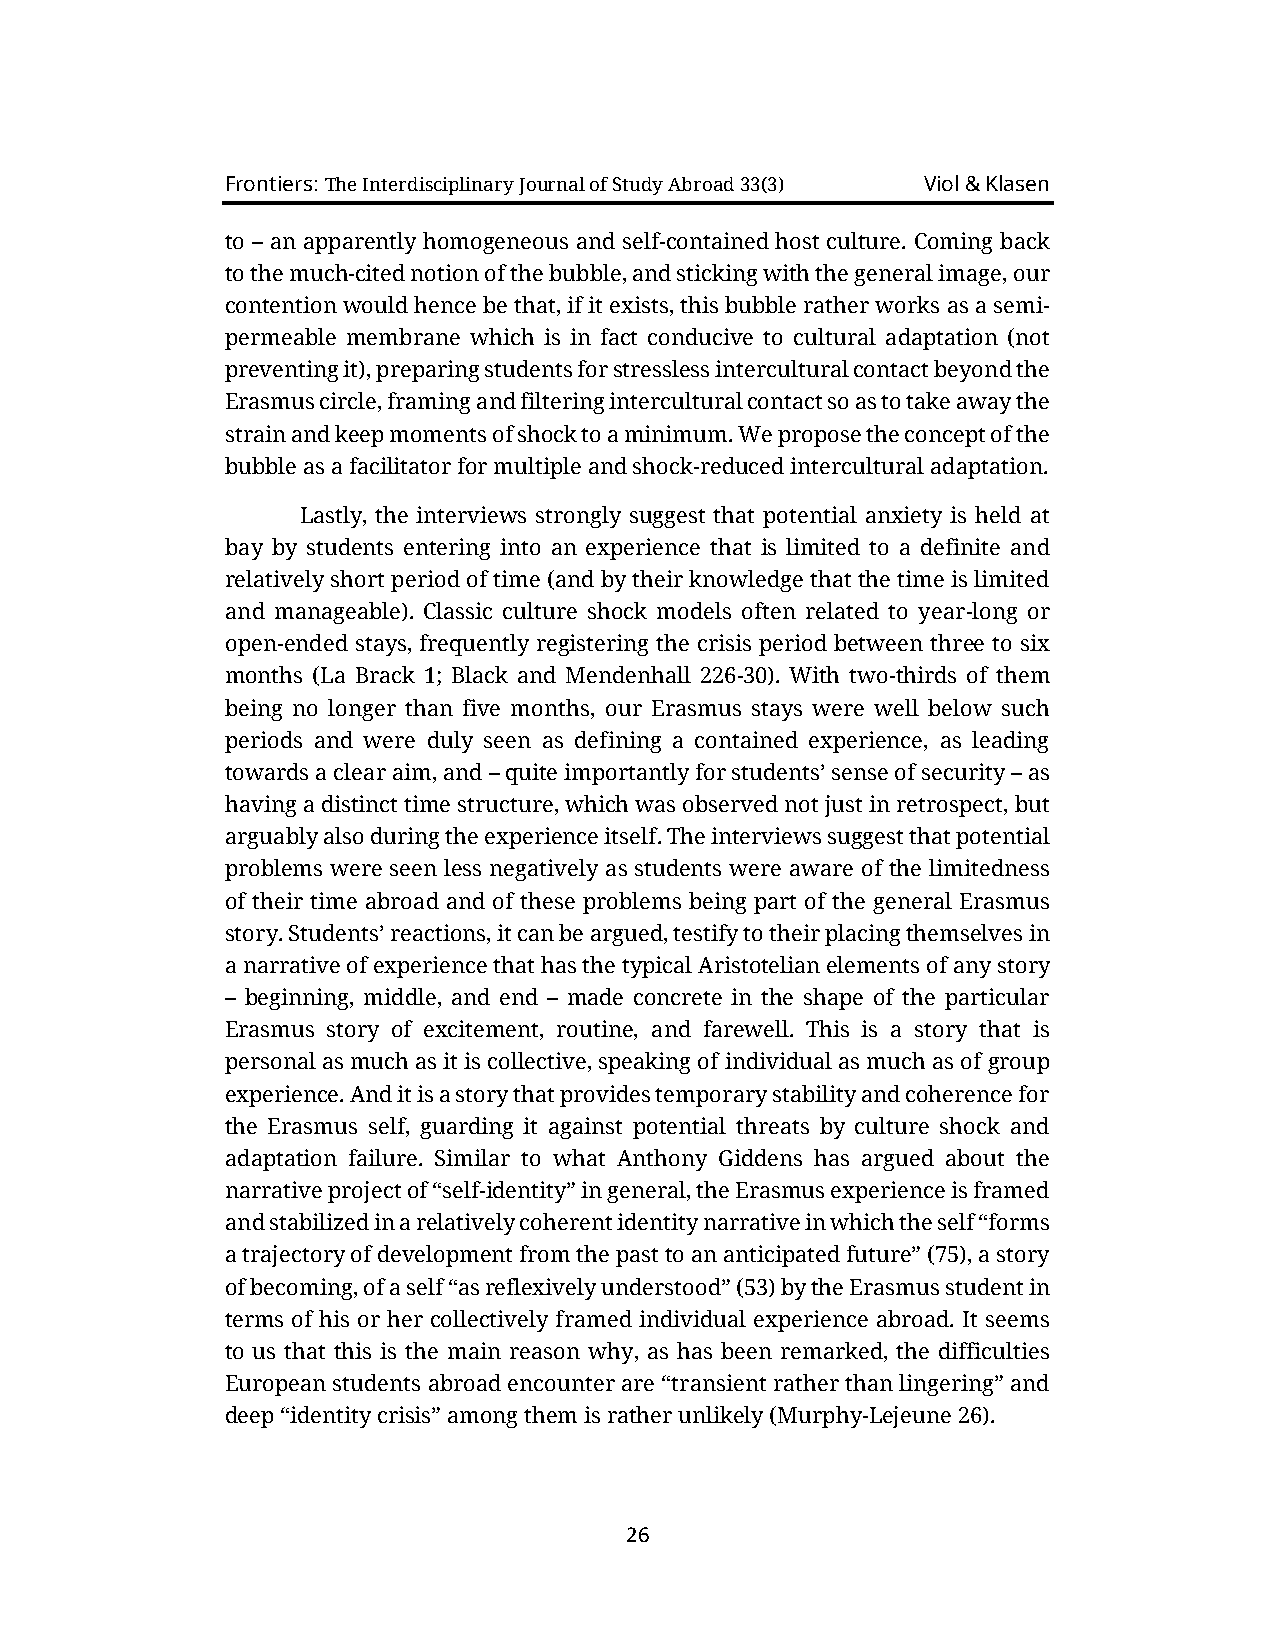
Frontiers: The Interdisciplinary Journal of Study Abroad 33(3) Viol & Klasen
 to – an apparently homogeneous and self-contained host culture. Coming back
 to the much-cited notion of the bubble, and sticking with the general image, our
 contention would hence be that, if it exists, this bubble rather works as a semi-
 permeable membrane which is in fact conducive to cultural adaptation (not
 preventing it), preparing students for stressless intercultural contact beyond the
 Erasmus circle, framing and filtering intercultural contact so as to take away the
 strain and keep moments of shock to a minimum. We propose the concept of the
 bubble as a facilitator for multiple and shock-reduced intercultural adaptation.
 Lastly, the interviews strongly suggest that potential anxiety is held at
 bay by students entering into an experience that is limited to a definite and
 relatively short period of time (and by their knowledge that the time is limited
 and manageable). Classic culture shock models often related to year-long or
 open-ended stays, frequently registering the crisis period between three to six
 months (La Brack 1; Black and Mendenhall 226-30). With two-thirds of them
 being no longer than five months, our Erasmus stays were well below such
 periods and were duly seen as defining a contained experience, as leading
 towards a clear aim, and – quite importantly for students’ sense of security – as
 having a distinct time structure, which was observed not just in retrospect, but
 arguably also during the experience itself. The interviews suggest that potential
 problems were seen less negatively as students were aware of the limitedness
 of their time abroad and of these problems being part of the general Erasmus
 story. Students’ reactions, it can be argued, testify to their placing themselves in
 a narrative of experience that has the typical Aristotelian elements of any story
 – beginning, middle, and end – made concrete in the shape of the particular
 Erasmus story of excitement, routine, and farewell. This is a story that is
 personal as much as it is collective, speaking of individual as much as of group
 experience. And it is a story that provides temporary stability and coherence for
 the Erasmus self, guarding it against potential threats by culture shock and
 adaptation failure. Similar to what Anthony Giddens has argued about the
 narrative project of “self-identity” in general, the Erasmus experience is framed
 and stabilized in a relatively coherent identity narrative in which the self “forms
 a trajectory of development from the past to an anticipated future” (75), a story
 of becoming, of a self “as reflexively understood” (53) by the Erasmus student in
 terms of his or her collectively framed individual experience abroad. It seems
 to us that this is the main reason why, as has been remarked, the difficulties
 European students abroad encounter are “transient rather than lingering” and
 deep “identity crisis” among them is rather unlikely (Murphy-Lejeune 26).
 26